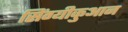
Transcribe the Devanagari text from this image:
सिंग्यीकुआन